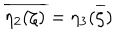
\overline { { { \eta _ { 2 } ( \zeta ) } } } = { \eta _ { 3 } ( \overline { { { \zeta } } } ) }